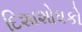
દિશાશોધકો